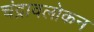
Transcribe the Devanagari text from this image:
चंद्रावलोकन